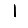
Digit: 1